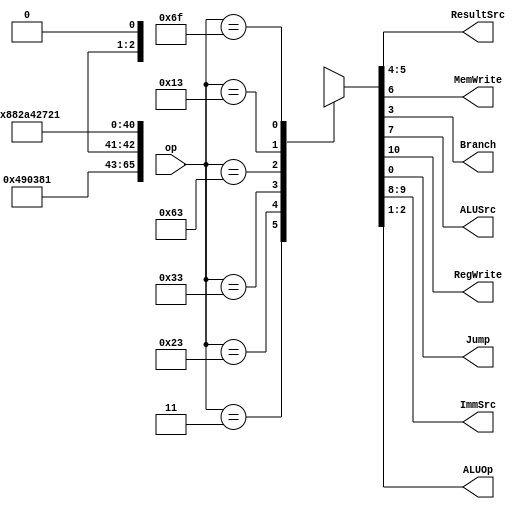
`timescale 1ps / 1ps
//////////////////////////////////////////////////////////////////////////////////
// Company: 
// Engineer: 
// 
// Design Name: 
// Module Name: maindec
// Project Name: 
// Target Devices: 
// Tool Versions: 
// Description: 
// 
// Dependencies: 
// 
// Revision:
// Revision 0.01 - File Created
// Additional Comments:
// 
//////////////////////////////////////////////////////////////////////////////////


module maindec(input wire [6:0] op,
 output wire [1:0] ResultSrc,
 output wire MemWrite,
 output wire Branch, ALUSrc,
 output wire RegWrite, Jump,
 output wire [1:0] ImmSrc,
 output wire [1:0] ALUOp);
 reg [10:0] controls;
 assign {RegWrite, ImmSrc, ALUSrc, MemWrite,
 ResultSrc, Branch, ALUOp, Jump} = controls;
 always@(*)
 case(op)
 // RegWrite_ImmSrc_ALUSrc_MemWrite_ResultSrc_Branch_ALUOp_Jump
 7'b0000011:  controls = 11'b1_00_1_0_01_0_00_0; // lw
 7'b0100011:  controls = 11'b0_01_1_1_00_0_00_0; // sw
 7'b0110011:  controls = 11'b1_xx_0_0_00_0_10_0; // R-type
 7'b1100011:  controls = 11'b0_10_0_0_00_1_01_0; // beq
 7'b0010011:  controls = 11'b1_00_1_0_00_0_10_0; // I-type ALU
 7'b1101111:  controls = 11'b1_11_0_0_10_0_00_1; // jal
 default: controls = 11'b0_xx_x_0_xx_0_xx_0; // ??? 
 endcase
endmodule